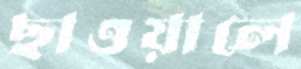
ছাওয়ালে